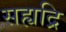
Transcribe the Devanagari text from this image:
सह्यद्रि